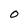
Character: 0